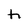
Character: h